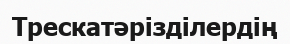
Трескатәрізділердің